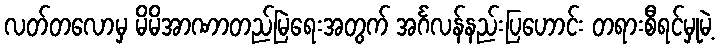
လတ်တလောမှ မိမိအာဏာတည်မြဲရေးအတွက် အင်္ဂလန်နည်းပြဟောင်း တရားစီရင်မှုမဲ့